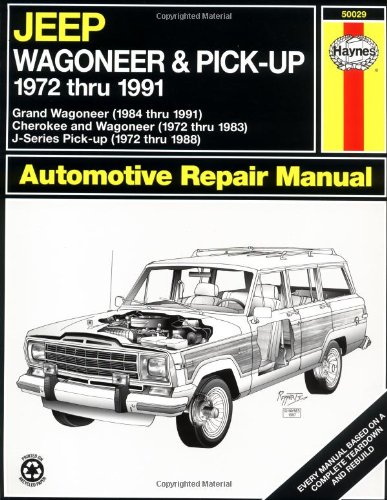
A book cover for Jeep Wagoneer/J Series, '72'91 (Haynes Repair Manuals); John Haynes; Engineering & Transportation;